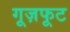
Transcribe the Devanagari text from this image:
गूज़फूट